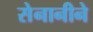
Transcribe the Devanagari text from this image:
सेनानीने